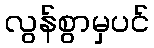
လွန်စွာမှပင်